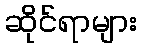
ဆိုင်ရာများ